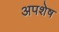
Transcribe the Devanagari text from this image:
अपशेष